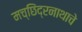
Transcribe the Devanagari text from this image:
मच्छिंद्रनाथाचे